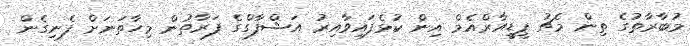
މުބާރާތުގެ ތިން މެޗު ޕީޑީއާރްއެމް އިން ކުޅެފައިވާއިރު އަޝްފާގްގެ ފަރާތުން މިހާތަނަށް ފެނިގެން